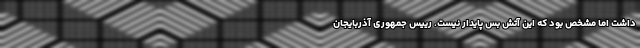
داشت اما مشخص بود که این آتش بس پایدار نیست. رییس جمهوری آذربایجان